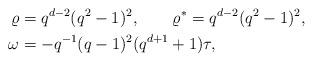
LaTeX: \begin{align*}\varrho &= q^{d-2}(q^2-1)^2, \qquad \varrho^* = q^{d-2}(q^2-1)^2,\\\omega &= - q^{-1} (q-1)^2 (q^{d+1}+1) \tau,\end{align*}